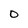
Character: 0